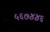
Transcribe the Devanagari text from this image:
५६७४४६